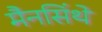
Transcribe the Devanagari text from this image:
मैनसिंथे